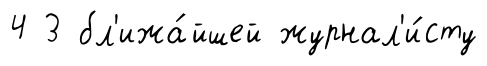
4 3 бл'ижа́йшей журнал'и́сту